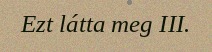
Ezt látta meg III.